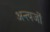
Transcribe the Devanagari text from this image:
अन्त्यजों